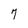
Character: 7